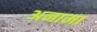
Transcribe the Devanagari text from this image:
अनामा